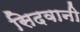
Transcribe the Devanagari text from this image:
सिदवानी